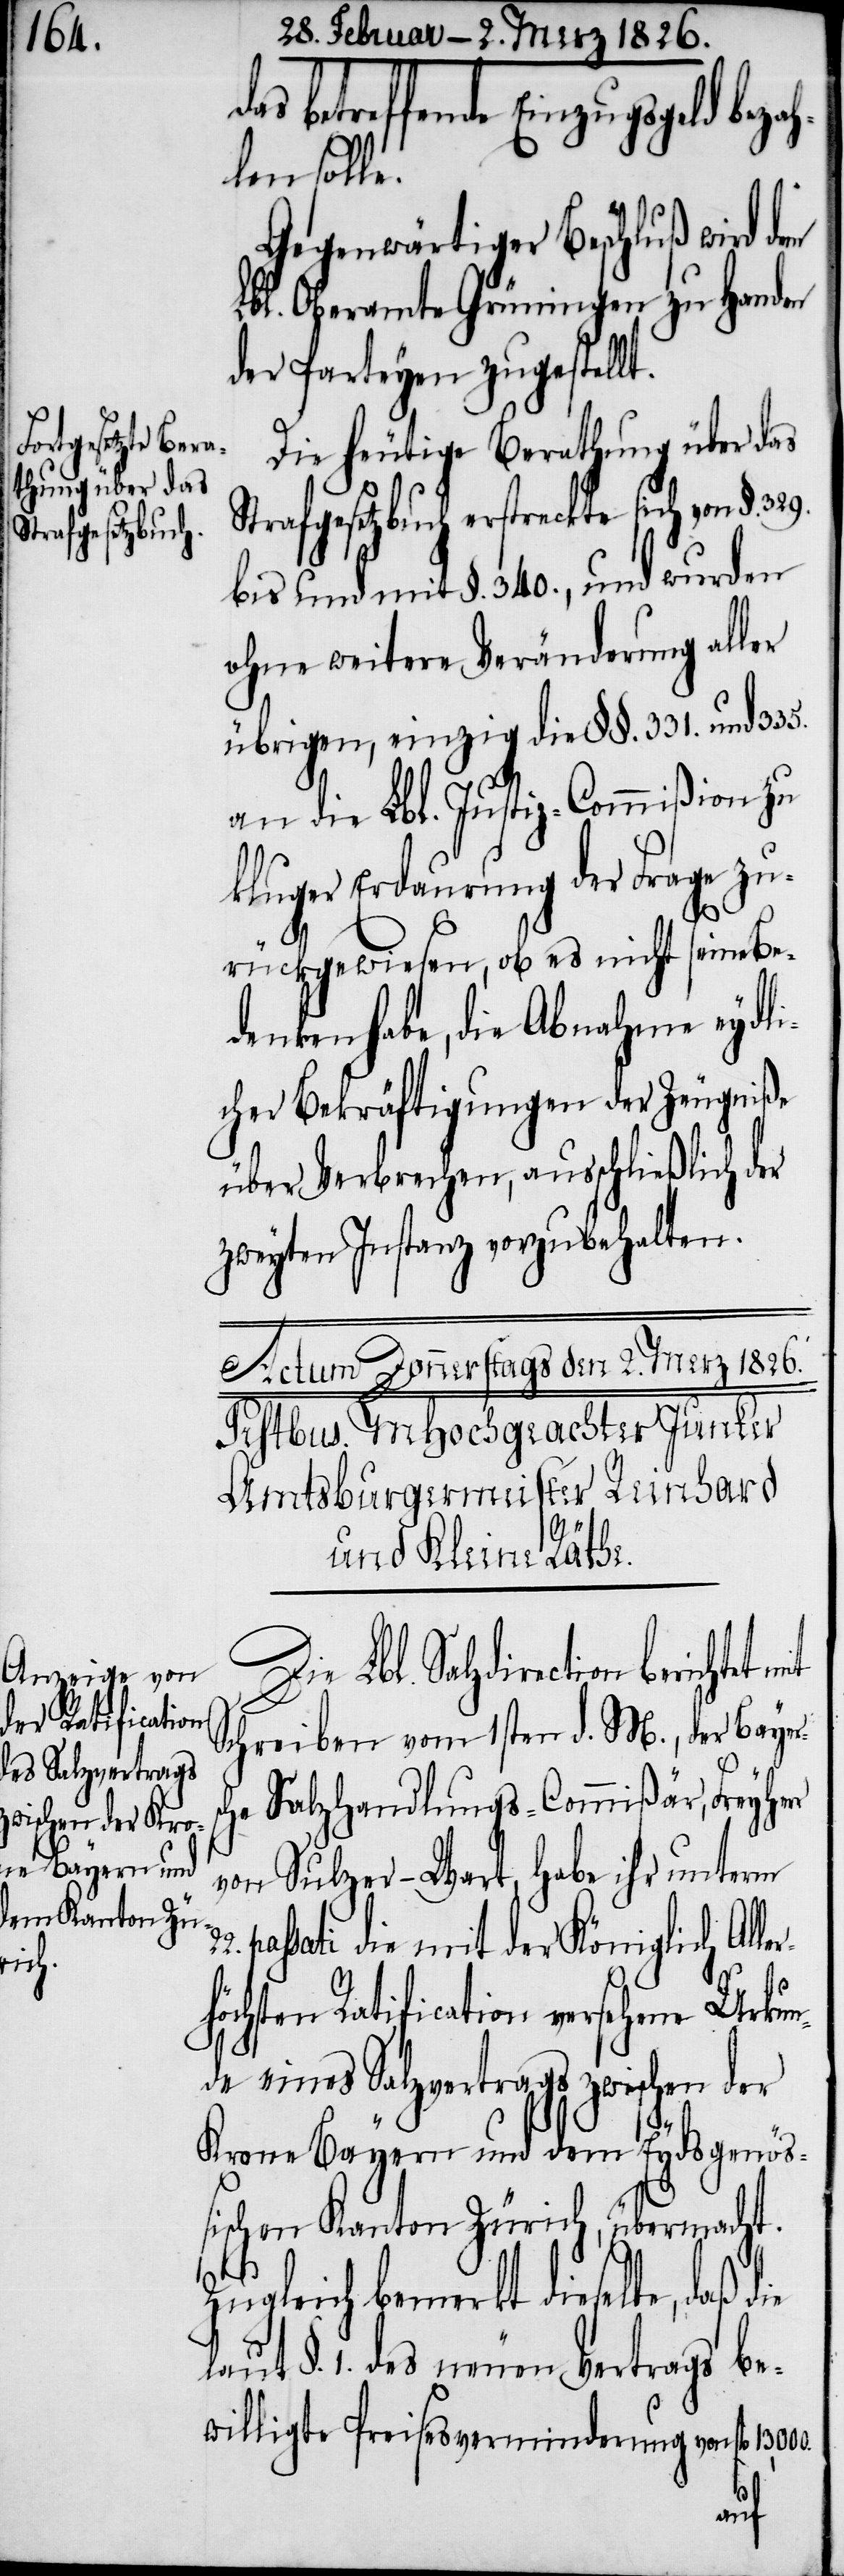
das betreffende Einzugsgeld beza¬
hlen solle.
Gegenwärtiger Beschluß wird dem
Lbl. Oberamte Grüningen zu Handen
der Parteyen zugestellt.
Die heutige Berathung über das
trafgesetzbuch erstreckte sich von §.
bis und mit §. 340., und wurden
ohne weitere Veränderung aller
übrigen, einzig die §§. 331. und 335.
an die Lbl. Justiz-Commißion zu
kluger Erdaurung der Frage zu¬
22.
rückgewiesen, ob es nicht seine Be¬
denken habe, die Abnahme eydli¬
cher Bekräftigungen der Zeugniße
über Verbrechen, ausschließlich der
zweyten Instanz vorzubehalten.
Die Lbl. Salzdirection
Schreiben vom 1sten d. M., der Bayer¬
he Salzhandlungs-Commißär, Freyhe¬
von Sulzer-Wart, habe ihr unterm
passati die mit der Königlich Alle¬
rr
rhöchsten Ratification versehene Urkun¬
de eines Salzvertrags zwischen der
Krone Bayern und dem Eydsgenößi¬
schen Kanton Zürich, übermacht.
Zugleich bemerkt dieselbe, daß
laut §. 1. des neuen Vertrags be¬
willigte Preisesverminderung von fl. 13